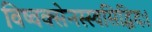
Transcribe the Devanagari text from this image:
विष्वक्सेनस्स्वसिद्धिदः।